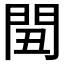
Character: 𨳞